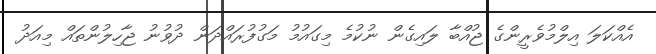
އެއްކަލަ އިލްމުވެރީންގެ ޖުއްބާ ލައިގެން ނުކުމެ މިގައުމު މަގުފުރައްދަން ދުވުނު ޖާހިލުންތައް މިއަދު